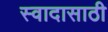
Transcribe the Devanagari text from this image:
स्वादासाठी